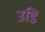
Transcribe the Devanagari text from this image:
उडि